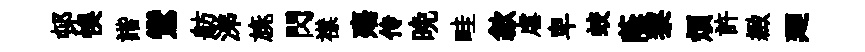
邨悞諧鸞舫涕旐閃襟殤传晩畦歙虐卑蛟蔭黎煩許緻廻